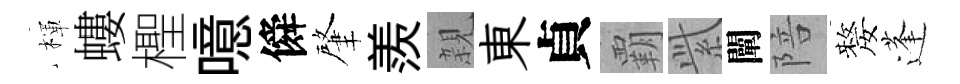
楎螻檉噫僢肇羨親東貞覇𬗋闡陪嫠蓬